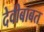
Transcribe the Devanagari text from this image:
देवीबाबत